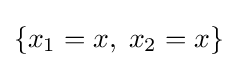
\{x_{1}=x,\;x_{2}=x\}